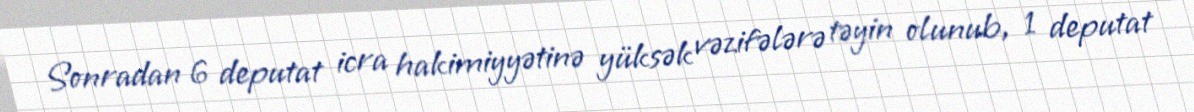
Sonradan 6 deputat icra hakimiyyətinə yüksək vəzifələrə təyin olunub, 1 deputat